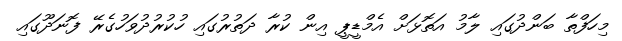
މިހަފްތާ ބަންދުގައި ލާމު އަތޮޅަށް އެމްޑީޕީ އިން ކުރާ ދަތުރުގައި ހުކުރުދުވަހުގެރޭ ފޮނަދޫގައި